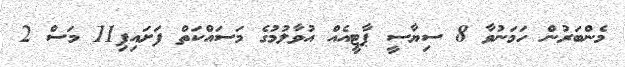
މެންބަރުން ހަމަނުވާ 8 ސިޔާސީ ޕާޓީއެއް އުވާލުމުގެ މަސައްކަތް ފަށައިފި11 މަސް 2